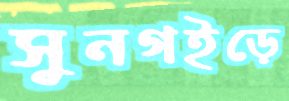
সুনগইড়ে